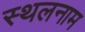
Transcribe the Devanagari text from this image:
स्थलनाम